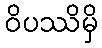
ဝိပဿိမှိ